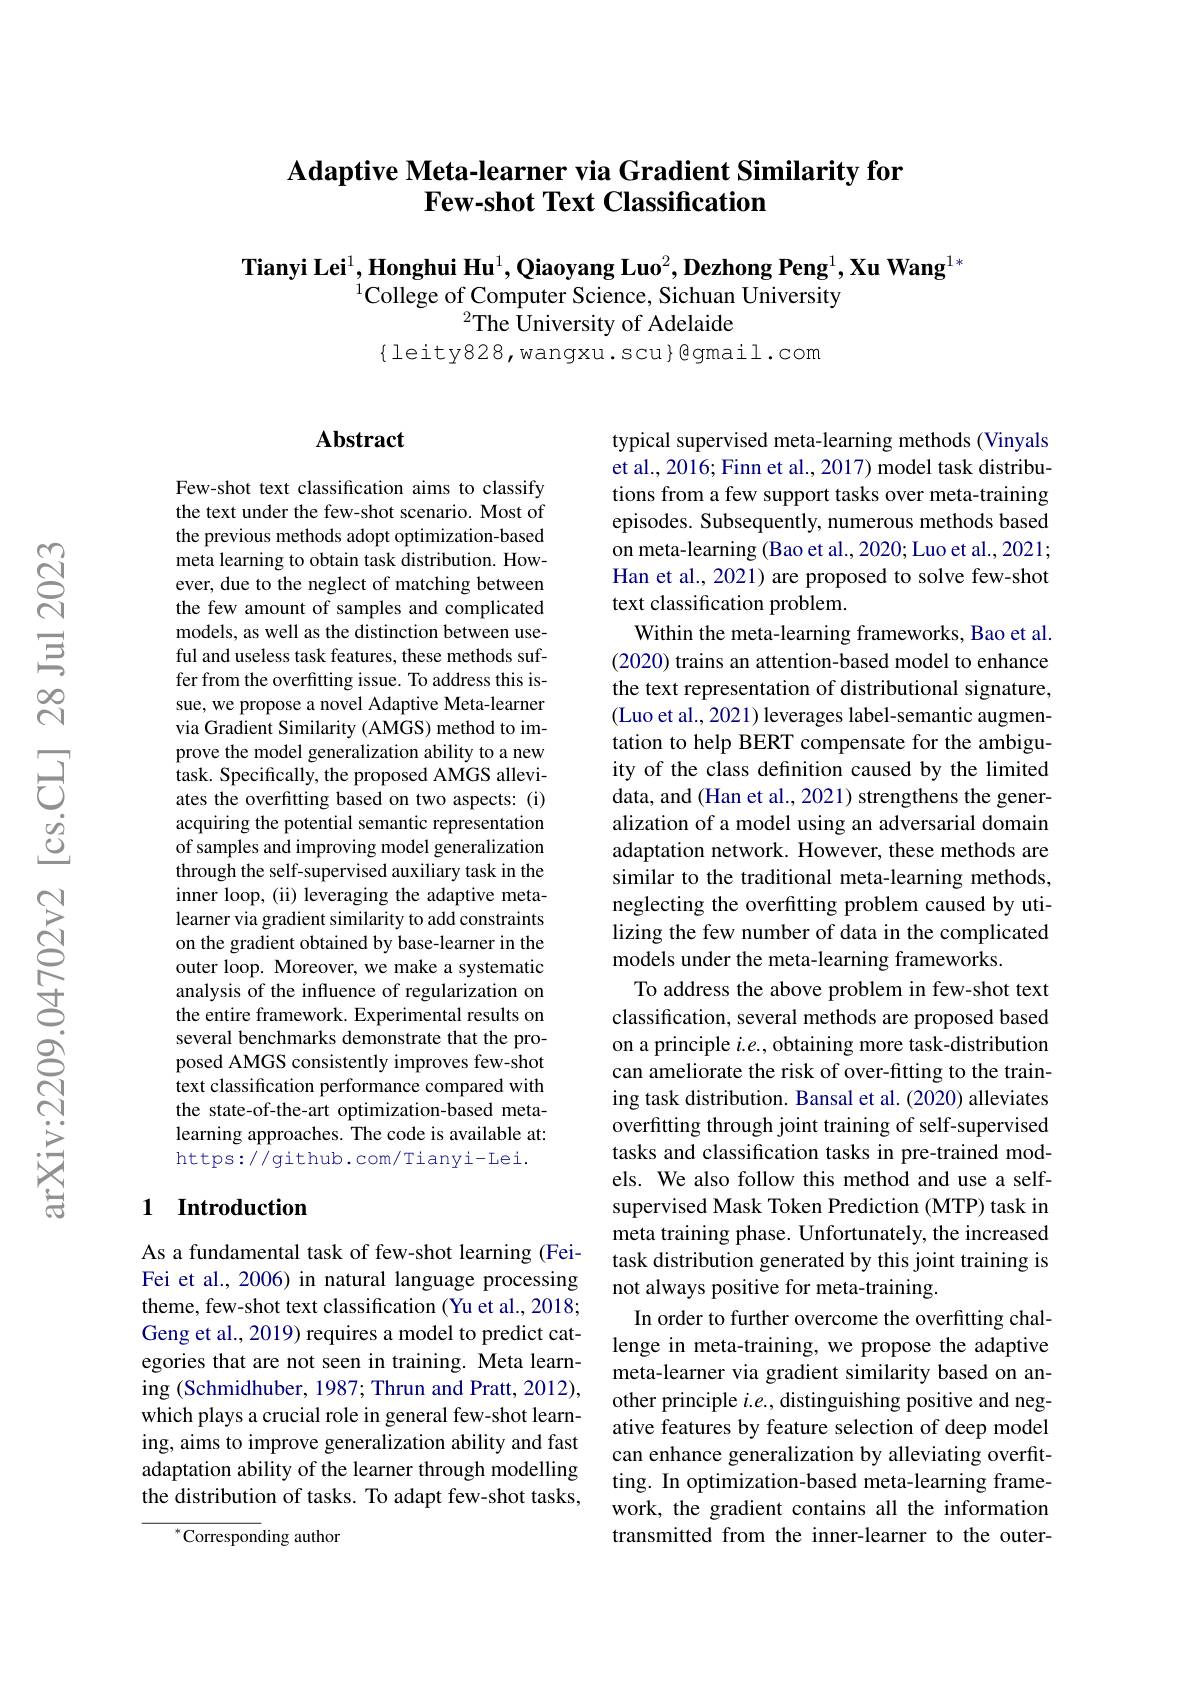
## Adaptive Meta-learner via Gradient Similarity for Few-shot Text Classification

Tianyi Lei$^1,\textbf{Honghui Hu}^1,\textbf{Qiaoyang Luo}^2,\textbf{Dezhong Peng}^1,\textbf{Xu Wang}^{1*}$
$^{1}\bar{\mathrm{College~of~Computer~Science,~Sichuan~University}}$
$^{2}$The Üniversity of Adelaide

$\{$leity828,wangxu.scu}@gmail.com

## $\mathbf{Abstract}$

Few-shot text classification aims to classify the text under the few-shot scenario. Most of the previous methods adopt optimization-based meta learning to obtain task distribution. However, due to the neglect of matching between the few amount of samples and complicated models, as well as the distinction between useful and useless task features, these methods suffer from the overfitting issue. To address this issue, we propose a novel Adaptive Meta-learner via Gradient Similarity (AMGS) method to improve the model generalization ability to a new task. Specifically, the proposed AMGS alleviates the overfitting based on two aspects: (i) acquiring the potential semantic representation of samples and improving model generalization through the self-supervised auxiliary task in the inner loop, (ii) leveraging the adaptive metalearner via gradient similarity to add constraints on the gradient obtained by base-learner in the outer loop. Moreover, we make a systematic analysis of the influence of regularization on the entire framework. Experimental results on several benchmarks demonstrate that the proposed AMGS consistently improves few-shot text classification performance compared with the state-of-the-art optimization-based metalearning approaches. The code is available at: https://github.com/Tianyi-Lei.

## 1 Introduction

As a fundamental task of few-shot learning (FeiFei et al., 2006) in natural language processing theme, few-shot text classification (Yu et al., 2018; Geng et al., 2019) requires a model to predict categories that are not seen in training. Meta learning (Schmidhuber, 1987; Thrun and Pratt, 2012), which plays a crucial role in general few-shot learning, aims to improve generalization ability and fast adaptation ability of the learner through modelling the distribution of tasks. To adapt few-shot tasks,

$^{*}$Corresponding author

typical supervised meta-learning methods (Vinyals et al., 2016; Finn et al., 2017) model task distributions from a few support tasks over meta-training episodes. Subsequently, numerous methods based on meta-learning (Bao et al., 2020; Luo et al., 2021; Han et al., 2021) are proposed to solve few-shot text classification problem.
Within the meta-learning frameworks, Bao et al. (2020) trains an attention-based model to enhance the text representation of distributional signature, (Luo et al., 2021) leverages label-semantic augmentation to help BERT compensate for the ambiguity of the class definition caused by the limited data, and (Han et al., 2021) strengthens the generalization of a model using an adversarial domain adaptation network. However, these methods are similar to the traditional meta-learning methods, neglecting the overfitting problem caused by utilizing the few number of data in the complicated models under the meta-learning frameworks.
To address the above problem in few-shot text classification, several methods are proposed based on a principle $i.e.$, obtaining more task-distribution can ameliorate the risk of over-fitting to the training task distribution. Bansal et al. (2020) alleviates overfitting through joint training of self-supervised tasks and classification tasks in pre-trained models. We also follow this method and use a selfsupervised Mask Token Prediction (MTP) task in meta training phase. Unfortunately, the increased task distribution generated by this joint training is not always positive for meta-training.
In order to further overcome the overfitting challenge in meta-training, we propose the adaptive meta-learner via gradient similarity based on another principle $i.e.$, distinguishing positive and negative features by feature selection of deep model can enhance generalization by alleviating overfitting. In optimization-based meta-learning framework, the gradient contains all the information transmitted from the inner-learner to the outer-